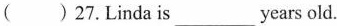
( )27.Linda is___years old.